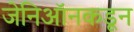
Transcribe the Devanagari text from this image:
जेनिऑनकडून